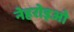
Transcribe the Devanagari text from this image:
नेहरोइओ